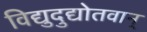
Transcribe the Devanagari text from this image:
विद्युदुद्योतवान्